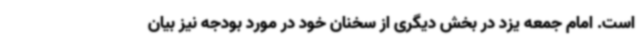
است. امام جمعه یزد در بخش دیگری از سخنان خود در مورد بودجه نیز بیان